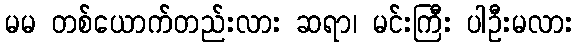
မမ တစ်ယောက်တည်းလား ဆရာ၊ မင်းကြီး ပါဦးမလား